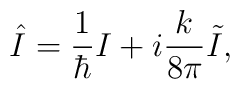
\hat{I}={\frac{1}{\hbar }}I+i{\frac{k}{8\pi }}\tilde{I},